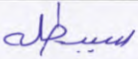
سيبطله